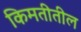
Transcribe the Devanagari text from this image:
किमतीतील